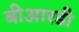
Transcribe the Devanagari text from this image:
बीआरडी